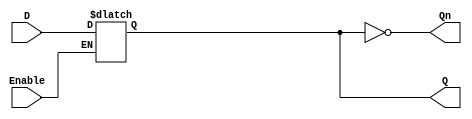
module latch_register (
    input wire D,          // Data input
    input wire Enable,     // Control signal
    output reg Q,         // Data output
    output wire Qn        // Inverted output (Q')
);

    // Assign inverted output
    assign Qn = ~Q;

    // Level-sensitive behavior of the latch
    always @(*) begin
        if (Enable) begin
            Q = D;  // When Enable is high, output follows input
        end
        // When Enable is low, Q retains its previous value (latches)
    end

endmodule